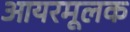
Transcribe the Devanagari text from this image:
आयरमूलक